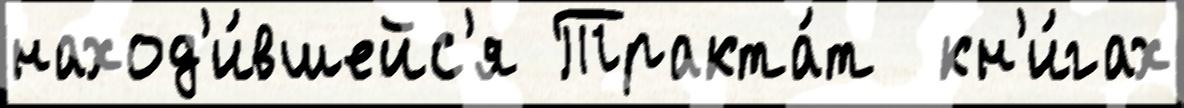
наход'и́вшейс'я Тракта́т  кн'и́гах